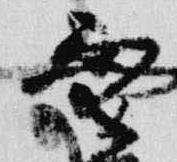
空